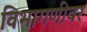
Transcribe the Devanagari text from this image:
विभागणीवर